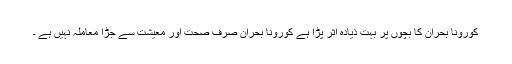
کورونا بحران کا بچوں پر بہت ذیادہ اثر پڑا ہے کورونا بحران صرف صحت اور معیشت سے جڑا معاملہ نہیں ہے ۔